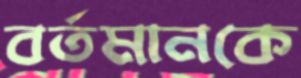
বর্তমানকে